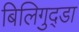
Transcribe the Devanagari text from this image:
बिलिगुद्डा